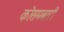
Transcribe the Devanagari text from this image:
कोसमबारी